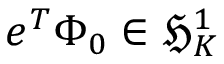
e ^ { T } \Phi _ { 0 } \in \mathfrak { H } _ { K } ^ { 1 }